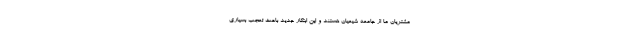
مشتریان ما از جامعه شیعیان هستند و این ابتکار جدید باعث تعجب بسیاری